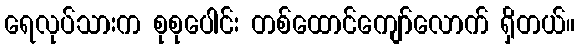
ရေလုပ်သားက စုစုပေါင်း တစ်ထောင်ကျော်လောက် ရှိတယ်။